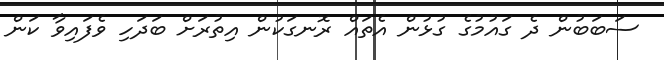
ސަބަބުން ދެ ގައުމުގެ ގުޅުން އެތައް ރޮނގަކުން އިތުރަށް ބަދަހި ވެފައިވާ ކަން